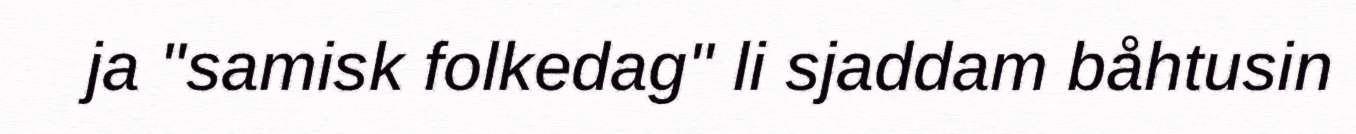
ja "samisk folkedag" li sjaddam båhtusin